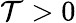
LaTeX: \mathcal{T}>0